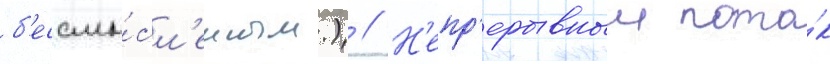
б'ессмы́сл'енным.) // Н'епр'ерывныи пото́к